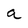
Character: a